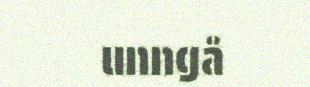
unngå